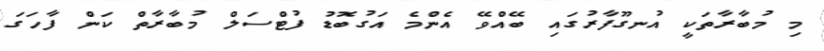
މި މުބާރާތަކީ އުނގޫފާރުގައި ބޭއްވޭ އެންމެ އަގުބޮޑު ފުޓްސަލް މުބާރާތް ކަން ފާހަގަ